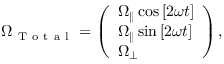
\boldsymbol { \Omega } _ { \mathrm { ~ T ~ o ~ t ~ a ~ l ~ } } = \left( \begin{array} { l } { \Omega _ { \parallel } \cos { [ 2 \omega t ] } } \\ { \Omega _ { \parallel } \sin { [ 2 \omega t ] } } \\ { \Omega _ { \perp } } \end{array} \right) ,